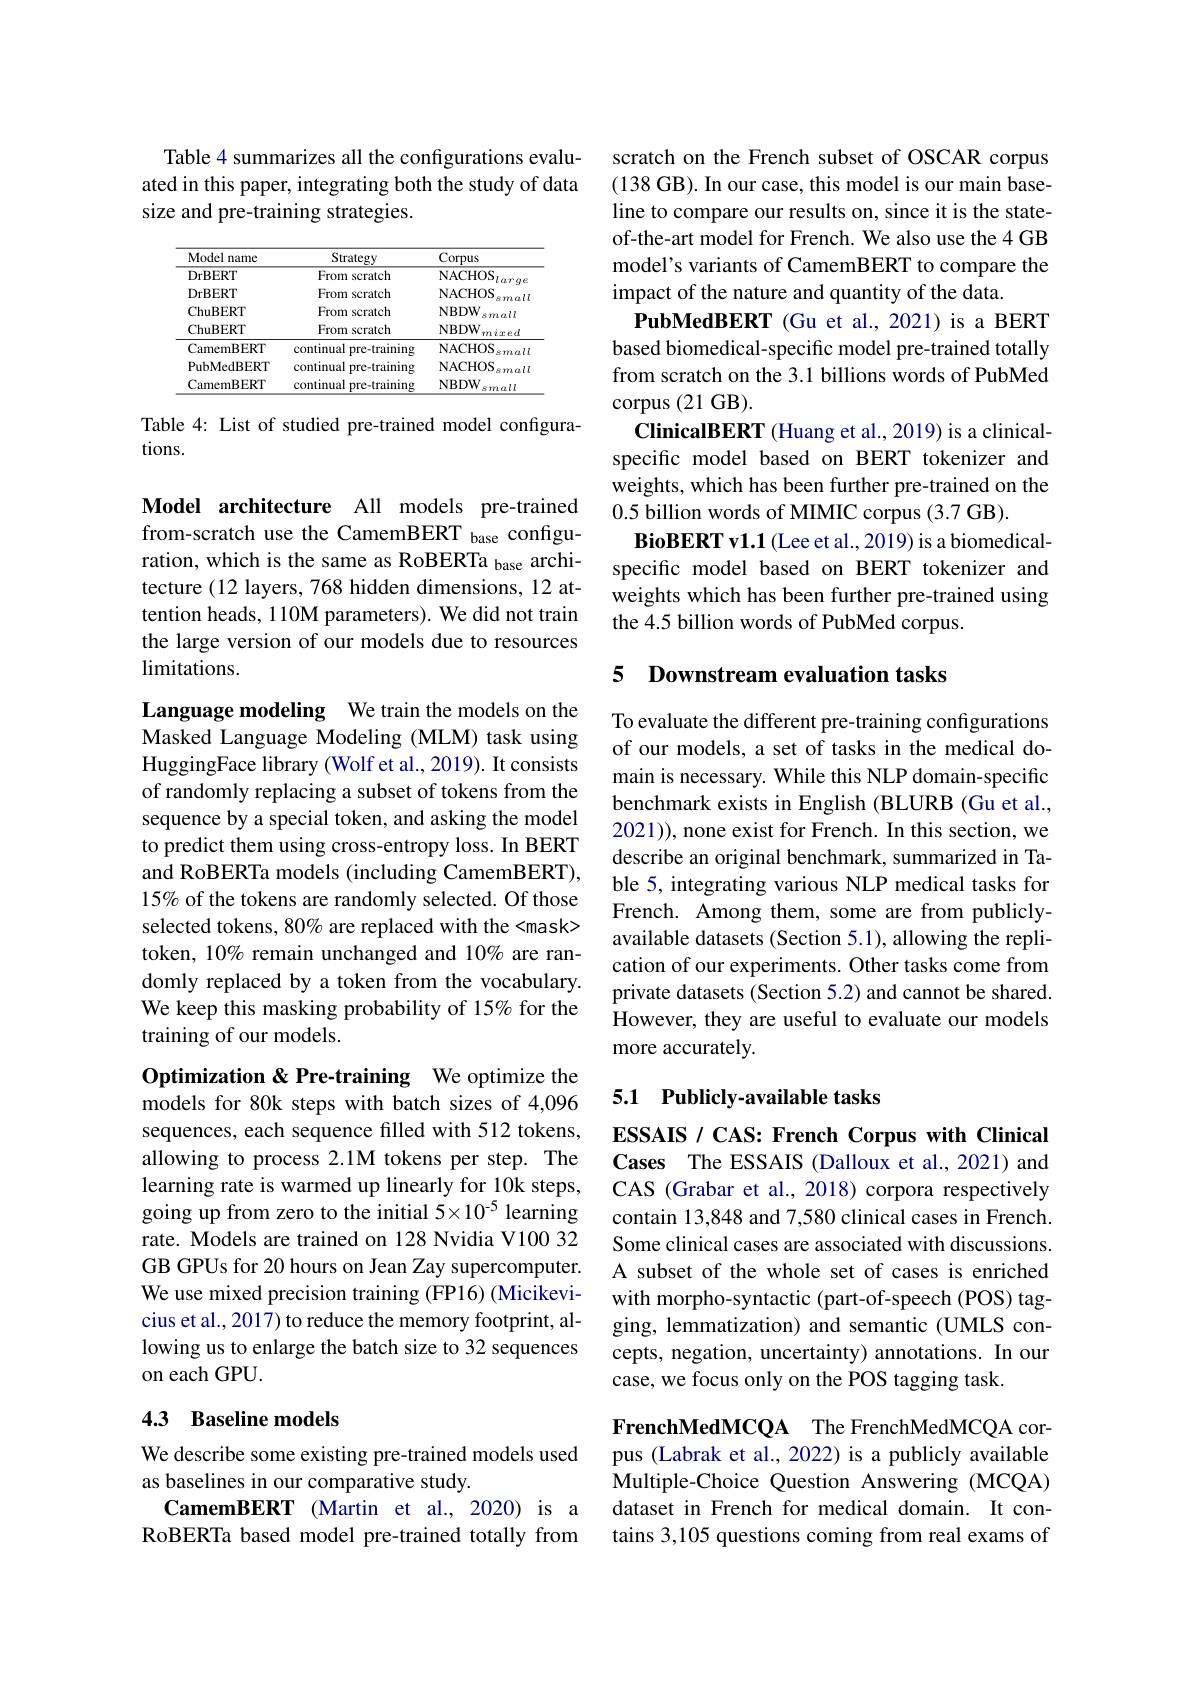
Table 4 summarizes all the configurations evaluated in this paper, integrating both the study of data size and pre-training strategies.

<table>
	<tbody>
		<tr>
			<th>Model name</th>
			<th>Strategy</th>
			<th>Corpus</th>
		</tr>
		<tr>
			<td>DrBERT</td>
			<td>From scratch</td>
			<td>NACHOS</td>
		</tr>
		<tr>
			<td>DrBERT</td>
			<td>From scratch</td>
			<td>NACHOS</td>
		</tr>
		<tr>
			<td>ChuBERT</td>
			<td>From scratch</td>
			<td>NBDW small</td>
		</tr>
		<tr>
			<td>ChuBERT</td>
			<td>From scratch</td>
			<td>NBDW mixed</td>
		</tr>
		<tr>
			<td>CamemBERT</td>
			<td>continual pre-training</td>
			<td>NACHOS smal</td>
		</tr>
		<tr>
			<td>PubMedBERT</td>
			<td>continual |pre-training</td>
			<td>NACHOS smal</td>
		</tr>
		<tr>
			<td>$C_{\mathrm{i}}$ CamemBERT</td>
			<td>continual l pre-training</td>
			<td>NBDW $2ali$</td>
		</tr>
	</tbody>
</table>

Table 4: List of studied pre-trained model configura-
tions.

Model architecture All models pre-trained from-scratch use the CamemBERT base configuration, which is the same as RoBERTa base architecture (12 layers, 768 hidden dimensions, 12 attention heads, 110M parameters). We did not train the large version of our models due to resources limitations.

Language modeling We train the models on the Masked Language Modeling (MLM) task using HuggingFace library (Wolf et al., 2019). It consists of randomly replacing a subset of tokens from the sequence by a special token, and asking the model to predict them using cross-entropy loss. In BERT and RoBERTa models (including CamemBERT), 15% of the tokens are randomly selected. Of those selected tokens, 80% are replaced with the <mask> token, 10% remain unchanged and 10% are randomly replaced by a token from the vocabulary. We keep this masking probability of 15% for the training of our models.

Optimization & Pre-training We optimize the models for 80k steps with batch sizes of 4,096 sequences, each sequence filled with 512 tokens, allowing to process 2.1M tokens per step. The learning rate is warmed up linearly for 10k steps, going up from zero to the initial 5×10°5 learning rate. Models are trained on 128 Nvidia V100 32 GB GPUs for 20 hours on Jean Zay supercomputer. We use mixed precision training (FP16) (Micikevicius et al., 2017) to reduce the memory footprint, allowing us to enlarge the batch size to 32 sequences on each GPU.

### 4.3 Baseline models

We describe some existing pre-trained models used
as baselines in our comparative study.
CamemBERT (Martin et al., 2020) is a RoBERTa based model pre-trained totally from

scratch on the French subset of OSCAR corpus (138 GB). In our case, this model is our main baseline to compare our results on, since it is the stateof-the-art model for French. We also use the 4 GB model's variants of CamemBERT to compare the impact of the nature and quantity of the data.
PubMedBERT (Gu et al.,2021) is a BERT based biomedical-specific model pre-trained totally from scratch on the 3.1 billions words of PubMed corpus (21 GB).
ClinicalBERT (Huang et al., 2019) is a clinicalspecific model based on BERT tokenizer and weights, which has been further pre-trained on the 0.5 billion words of MIMIC corpus (3.7 GB).
$\textbf{BioBERT v1. 1( Lee et al. , 2019) is a biomedical- }$ specific model based on BERT tokenizer and weights which has been further pre-trained using the 4.5 billion words of PubMed corpus.

5 Downstream evaluation tasks

To evaluate the different pre-training configurations of our models, a set of tasks in the medical domain is necessary. While this NLP domain-specific benchmark exists in English (BLURB (Gu et al., 2021)), none exist for French. In this section, we describe an original benchmark, summarized in Table 5, integrating various NLP medical tasks for French. Among them, some are from publiclyavailable datasets (Section 5.1), allowing the replication of our experiments. Other tasks come from private datasets (Section 5.2) and cannot be shared. However, they are useful to evaluate our models more accurately.

## 5.1 Publicly-available tasks

ESSAIS / CAS: French Corpus with Clinical Cases The ESSAIS (Dalloux et al., 2021) and CAS (Grabar et al., 2018) corpora respectively contain 13,848 and 7,580 clinical cases in French Some clinical cases are associated with discussions. A subset of the whole set of cases is enriched with morpho-syntactic (part-of-speech (POS) tagging, lemmatization) and semantic (UMLS concepts, negation, uncertainty) annotations. In our case, we focus only on the POS tagging task

FrenchMedMCQA The FrenchMedMCQA corpus (Labrak et al., 2022) is a publicly available Multiple-Choice Question Answering (MCQA) dataset in French for medical domain. It contains 3,105 questions coming from real exams of